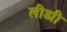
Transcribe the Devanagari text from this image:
लीड्यी